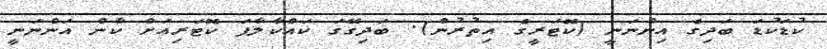
ކުޑަކުޑަ ބަދިގެ އިންނަނީ (ކޮޓަރީގެ އިތުރުން). ބަދިގޭގަ ކައްކާލާފަ ކޮޓަރިއަށް ކާން އަންނަނީ